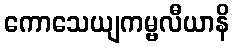
ကောသေယျကမ္ဗလီယာနိ